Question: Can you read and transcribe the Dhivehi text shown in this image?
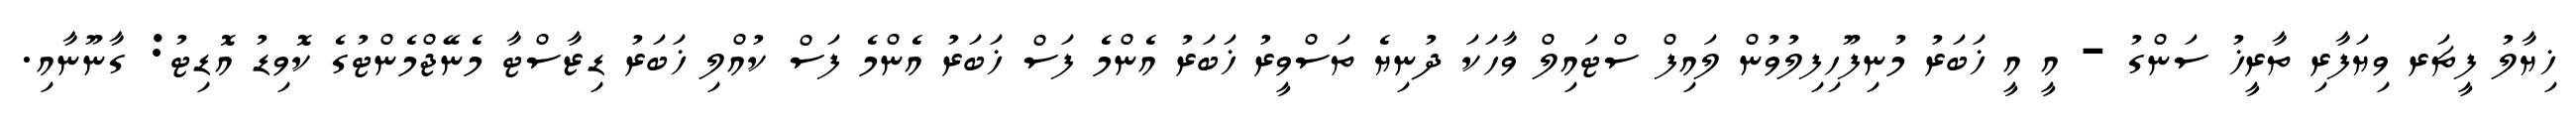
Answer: ޚިޔާލު ފީޗަރ ވިޔަފާރި ތާރީޚު ސަންގު - އީ އީ ޚަބަރު މުނިފޫހިފިލުވުން ލައިފް ސްޓައިލް ވާހަކަ ދުނިޔެ ތަސްވީރު ޚަބަރު އެންމެ ފަސް ޚަބަރު އެންމެ ފަސް ކުއްލި ޚަބަރު ޑިޒާސްޓާ މެނޭޖްމެންޓުގެ ކޮވިޑު އޮޑިޓު: ގާނޫނާއި.